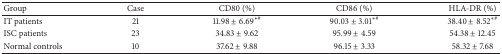
<table><thead><tr><td><b>Group</b></td><td><b>Case</b></td><td><b>CD80 (%)</b></td><td><b>CD86 (%)</b></td><td><b>HLA-DR (%)</b></td></tr></thead><tbody><tr><td>IT patients</td><td>21</td><td>11.98 ± 6.69<sup>∗#</sup></td><td>90.03 ± 3.01<sup>∗#</sup></td><td>38.40 ± 8.52<sup>∗#</sup></td></tr><tr><td>ISC patients</td><td>23</td><td>34.83 ± 9.62</td><td>95.99 ± 4.59</td><td>54.38 ± 12.45</td></tr><tr><td>Normal controls</td><td>10</td><td>37.62 ± 9.88</td><td>96.15 ± 3.33</td><td>58.32 ± 7.68</td></tr></tbody></table>